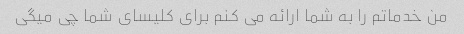
من خدماتم را به شما ارائه می کنم برای کلیسای شما چی میگی